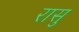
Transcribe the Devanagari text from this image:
रासु